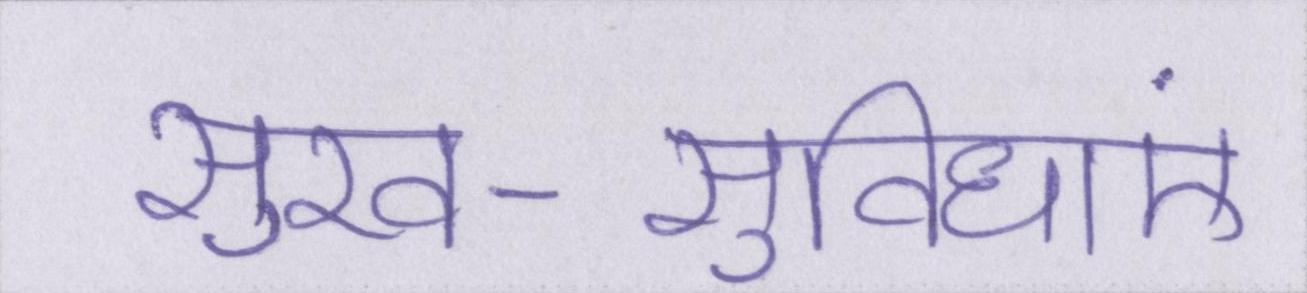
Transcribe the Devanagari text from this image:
सुख-सुविधाएं